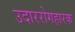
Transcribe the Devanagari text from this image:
उदाररोगहारक